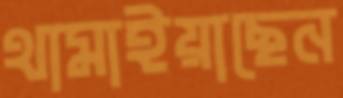
থামাইয়াছেন